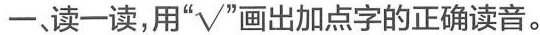
一、读一读，用“√”画出加点字的正确读音。